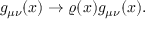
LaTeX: g _ { \mu \nu } ( x ) \rightarrow \varrho ( x ) g _ { \mu \nu } ( x ) .